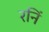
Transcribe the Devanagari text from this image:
रनिं